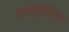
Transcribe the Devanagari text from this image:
काक्सिंग